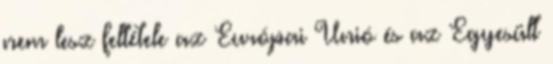
nem lesz feltétele az Európai Unió és az Egyesült